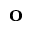
\mathbf { o }